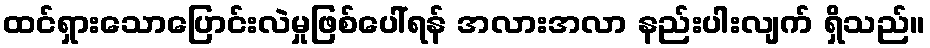
ထင်ရှားသောပြောင်းလဲမှုဖြစ်ပေါ်ရန် အလားအလာ နည်းပါးလျက် ရှိသည်။